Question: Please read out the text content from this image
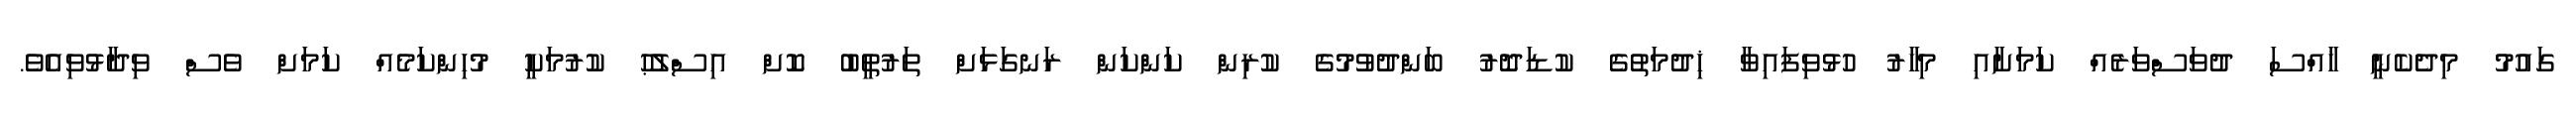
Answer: ގައުމު މިދެކެނީ ޚާއްސަ ދުވަސްވަރެއް ކަމަށާއި މިހާރު ހުޅުވިފައިވާ ޚިދުމަތުގެ ކުޑަދޮރު ބަންދުވުމުގެ ކުރިން ކަންކަން ރަނގަޅަށް ތަރުތީބު ކޮށް އިސްލުޙު ކުރުމަކީ މުހިންކަމެއް ކަމަށް ވެސް ވިދާޅުވިއެވެ.